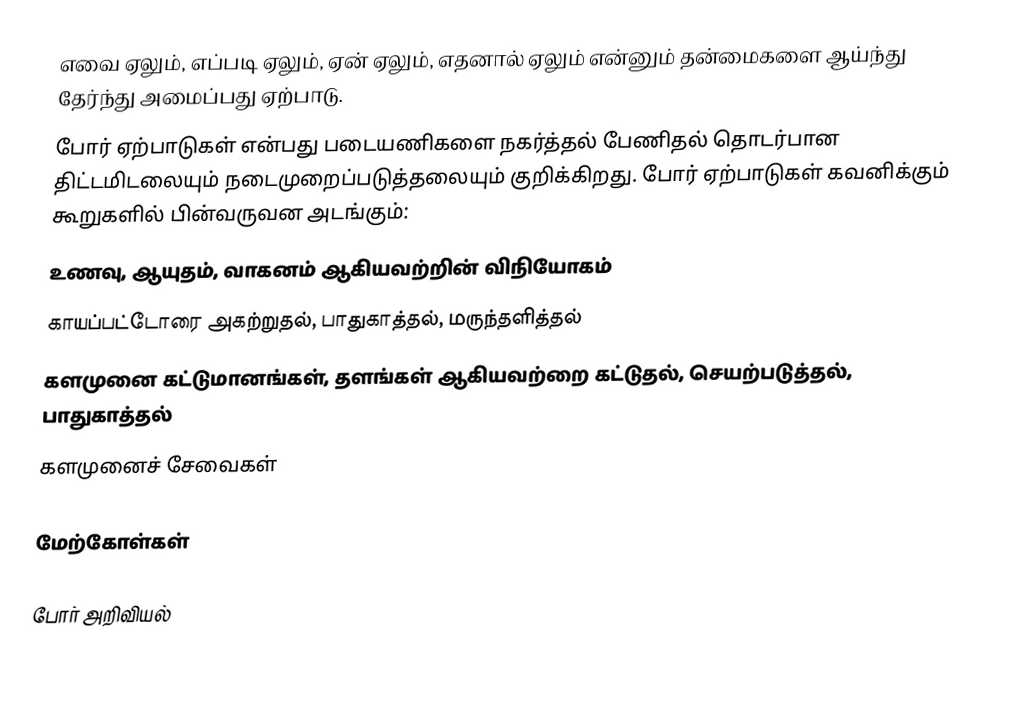
எவை ஏலும், எப்படி ஏலும், ஏன் ஏலும், எதனால் ஏலும் என்னும் தன்மைகளை ஆய்ந்து தேர்ந்து அமைப்பது ஏற்பாடு.
போர் ஏற்பாடுகள் என்பது படையணிகளை நகர்த்தல் பேணிதல் தொடர்பான திட்டமிடலையும் நடைமுறைப்படுத்தலையும் குறிக்கிறது.  போர் ஏற்பாடுகள் கவனிக்கும் கூறுகளில் பின்வருவன அடங்கும்:
 உணவு, ஆயுதம், வாகனம் ஆகியவற்றின் விநியோகம்
 காயப்பட்டோரை அகற்றுதல், பாதுகாத்தல், மருந்தளித்தல்
 களமுனை கட்டுமானங்கள், தளங்கள் ஆகியவற்றை கட்டுதல், செயற்படுத்தல், பாதுகாத்தல்
 களமுனைச் சேவைகள்

மேற்கோள்கள்

போர் அறிவியல்